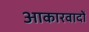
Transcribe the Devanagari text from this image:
आकारवादों